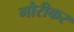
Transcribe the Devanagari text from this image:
गौरीकर